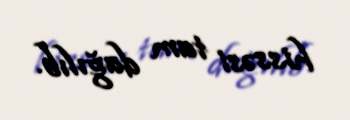
hissəsi tam dağılıb.